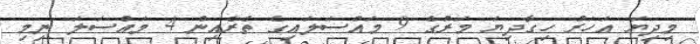
މިދިޔަ އަހަރު ހިގާދިޔަ މަރުގެ 9 މައްސަލައިގެ ތެރެއިން 4 މައްސަލަ ނިމި